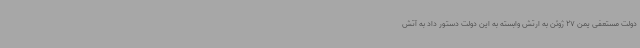
دولت مستعفی یمن 27 ژوئن به ارتش وابسته به این دولت دستور داد به آتش